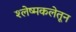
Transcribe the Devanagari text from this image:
श्लेष्मकलेतून